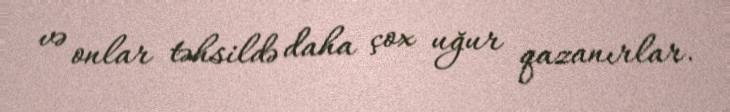
və onlar təhsildə daha çox uğur qazanırlar.